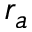
r _ { a }